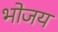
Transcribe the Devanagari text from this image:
भोजय